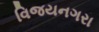
વિજયનગરા